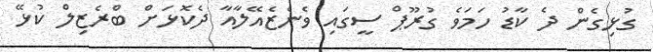
ގުޅިގެން ދެ ކާޑު ހަމަވެ ގުރޫޕް ސީގައި ވެނެޒެއޭލާއާ ދެކޮޅަށް ބްރެޒިލް ކުޅޭ